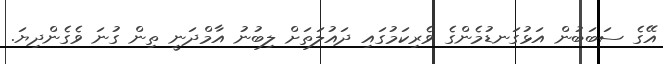
އޭގެ ސަބަބުން އަޅުގަނޑުމެންގެ ވެރިކަމުގައި ދައުލަތަށް ލިބުނު އާމްދަނީ ތިން ގުނަ ވެގެންދިޔަ.